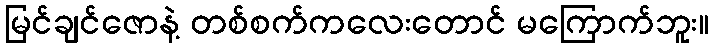
မြင်ချင်ဇောနဲ့ တစ်စက်ကလေးတောင် မကြောက်ဘူး။